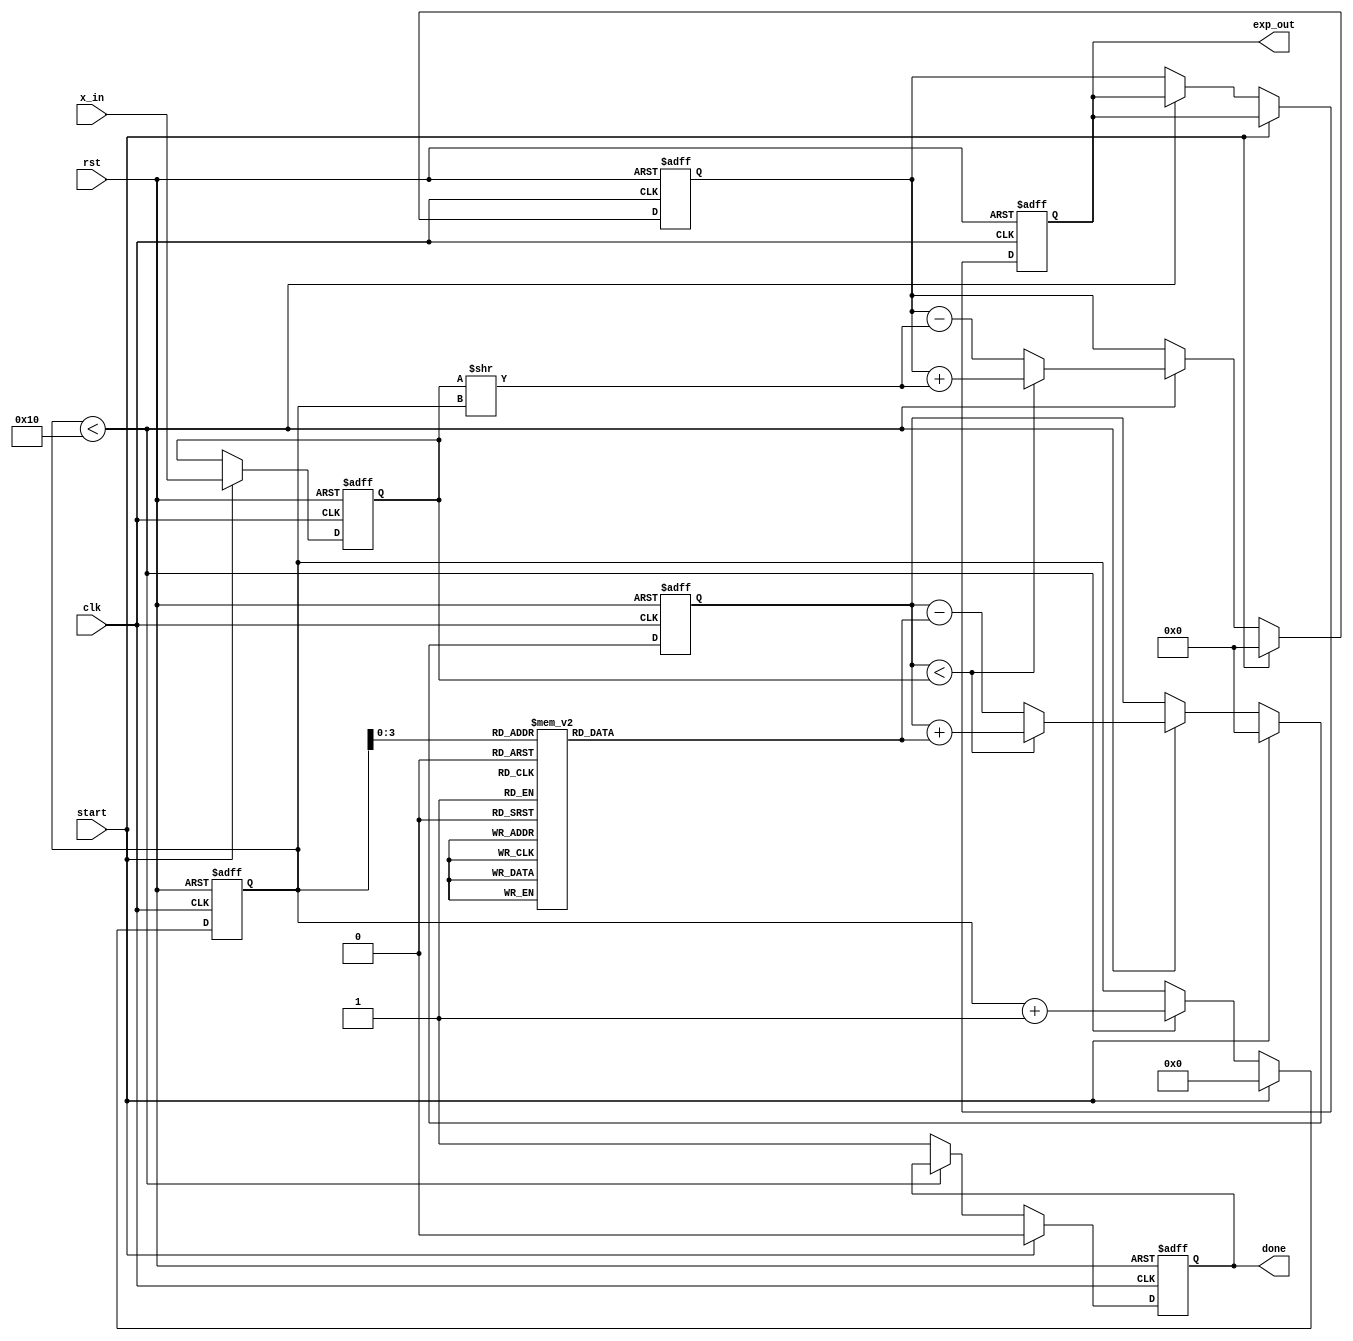
module cordic_exponential #(
    parameter DATA_WIDTH = 16,  // Width of the input/output data
    parameter ITERATIONS = 16    // Number of CORDIC iterations
)(
    input wire clk,
    input wire rst,
    input wire start,
    input wire signed [DATA_WIDTH-1:0] x_in,  // Input fixed-point value
    output reg signed [DATA_WIDTH-1:0] exp_out, // Output exponential value
    output reg done // Done signal
);

    // Precomputed angles for CORDIC
    reg signed [DATA_WIDTH-1:0] angles [0:ITERATIONS-1];
    initial begin
        // Initialize angles (in radians, scaled appropriately)
        angles[0] = 16'h0000; // atan(2^0) = 0
        angles[1] = 16'h1C71; // atan(2^-1) ~ 0.785398
        angles[2] = 16'h1A1C; // atan(2^-2) ~ 0.463648
        angles[3] = 16'h0FDB; // atan(2^-3) ~ 0.244978
        angles[4] = 16'h0D1F; // atan(2^-4) ~ 0.124384
        // Continue filling with more angles as needed
        // ...
        angles[15] = 16'h0000; // Last angle (can be set to zero or other values)
    end

    // Internal registers
    reg signed [DATA_WIDTH-1:0] x; // X value
    reg signed [DATA_WIDTH-1:0] y; // Y value
    reg [4:0] iteration; // Iteration counter
    reg [DATA_WIDTH-1:0] z; // Angle accumulator

    // Control logic
    always @(posedge clk or posedge rst) begin
        if (rst) begin
            exp_out <= 0;
            done <= 0;
            iteration <= 0;
            x <= 0;
            y <= 0;
            z <= 0;
        end else if (start) begin
            // Initialization
            x <= x_in; // Load input
            y <= 16'h0000; // Initialize y to 0
            z <= 16'h0000; // Initialize angle accumulator
            iteration <= 0; // Reset iteration counter
            done <= 0; // Reset done signal
        end else if (iteration < ITERATIONS) begin
            // CORDIC iteration
            if (z < x) begin
                // Rotate positively
                z <= z + angles[iteration];
                y <= y + (x >> iteration);
            end else begin
                // Rotate negatively
                z <= z - angles[iteration];
                y <= y - (x >> iteration);
            end
            x <= x; // X remains unchanged in this implementation
            iteration <= iteration + 1; // Increment the iteration counter
        end else begin
            // Final output and done signal
            exp_out <= y; // Output the computed exponential value
            done <= 1; // Indicate completion
        end
    end

endmodule